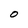
Character: O